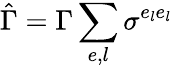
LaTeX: \hat{\Gamma}=\Gamma\sum_{e,l}\sigma^{e_{l}e_{l}}